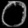
Digit: ၀